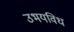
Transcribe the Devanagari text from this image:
उभयविध